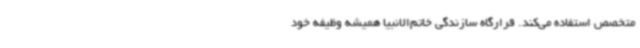
متخصص استفاده می‌کند. قرارگاه سازندگی خاتم‌الانبیا همیشه وظیفه خود